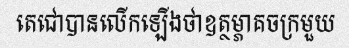
តេជោបានលើកឡើងថាឧត្ថម្ភាគចក្រមួយ